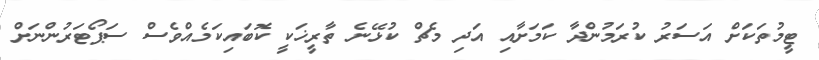
ޓީމުތަކަށް އަސަރު ކުރަމުންދާ ކަމަށާއި އަދި މެޗް ކުޅޭނެ ތާރީޚަކީ ކޮބައިކަމެއްވެސް ސަޕޯޓަރުންނަށް